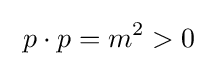
\ p\cdot p=m^{2}>0~